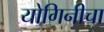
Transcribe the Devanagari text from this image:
योगिनीचा